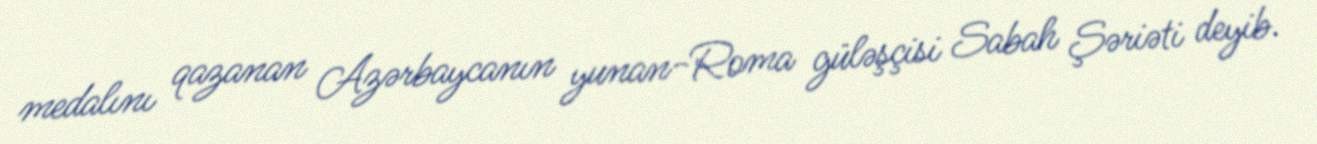
medalını qazanan Azərbaycanın yunan-Roma güləşçisi Sabah Şəriəti deyib.